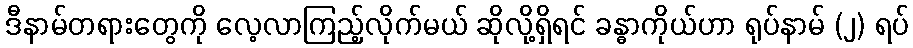
ဒီနာမ်တရားတွေကို လေ့လာကြည့်လိုက်မယ် ဆိုလို့ရှိရင် ခန္ဓာကိုယ်ဟာ ရုပ်နာမ် (၂) ရပ်